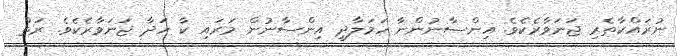
ނުރައްކާތެރި ޖަނަވާރެކެވެ. އިންސާނުންނާ ހަމަލާދީ އިންސާނުން މަރައި ކާ ހަދާ ޖަނަވާރެކެވެ. ރަތް